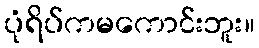
ပုံရိပ်ကမကောင်းဘူး။